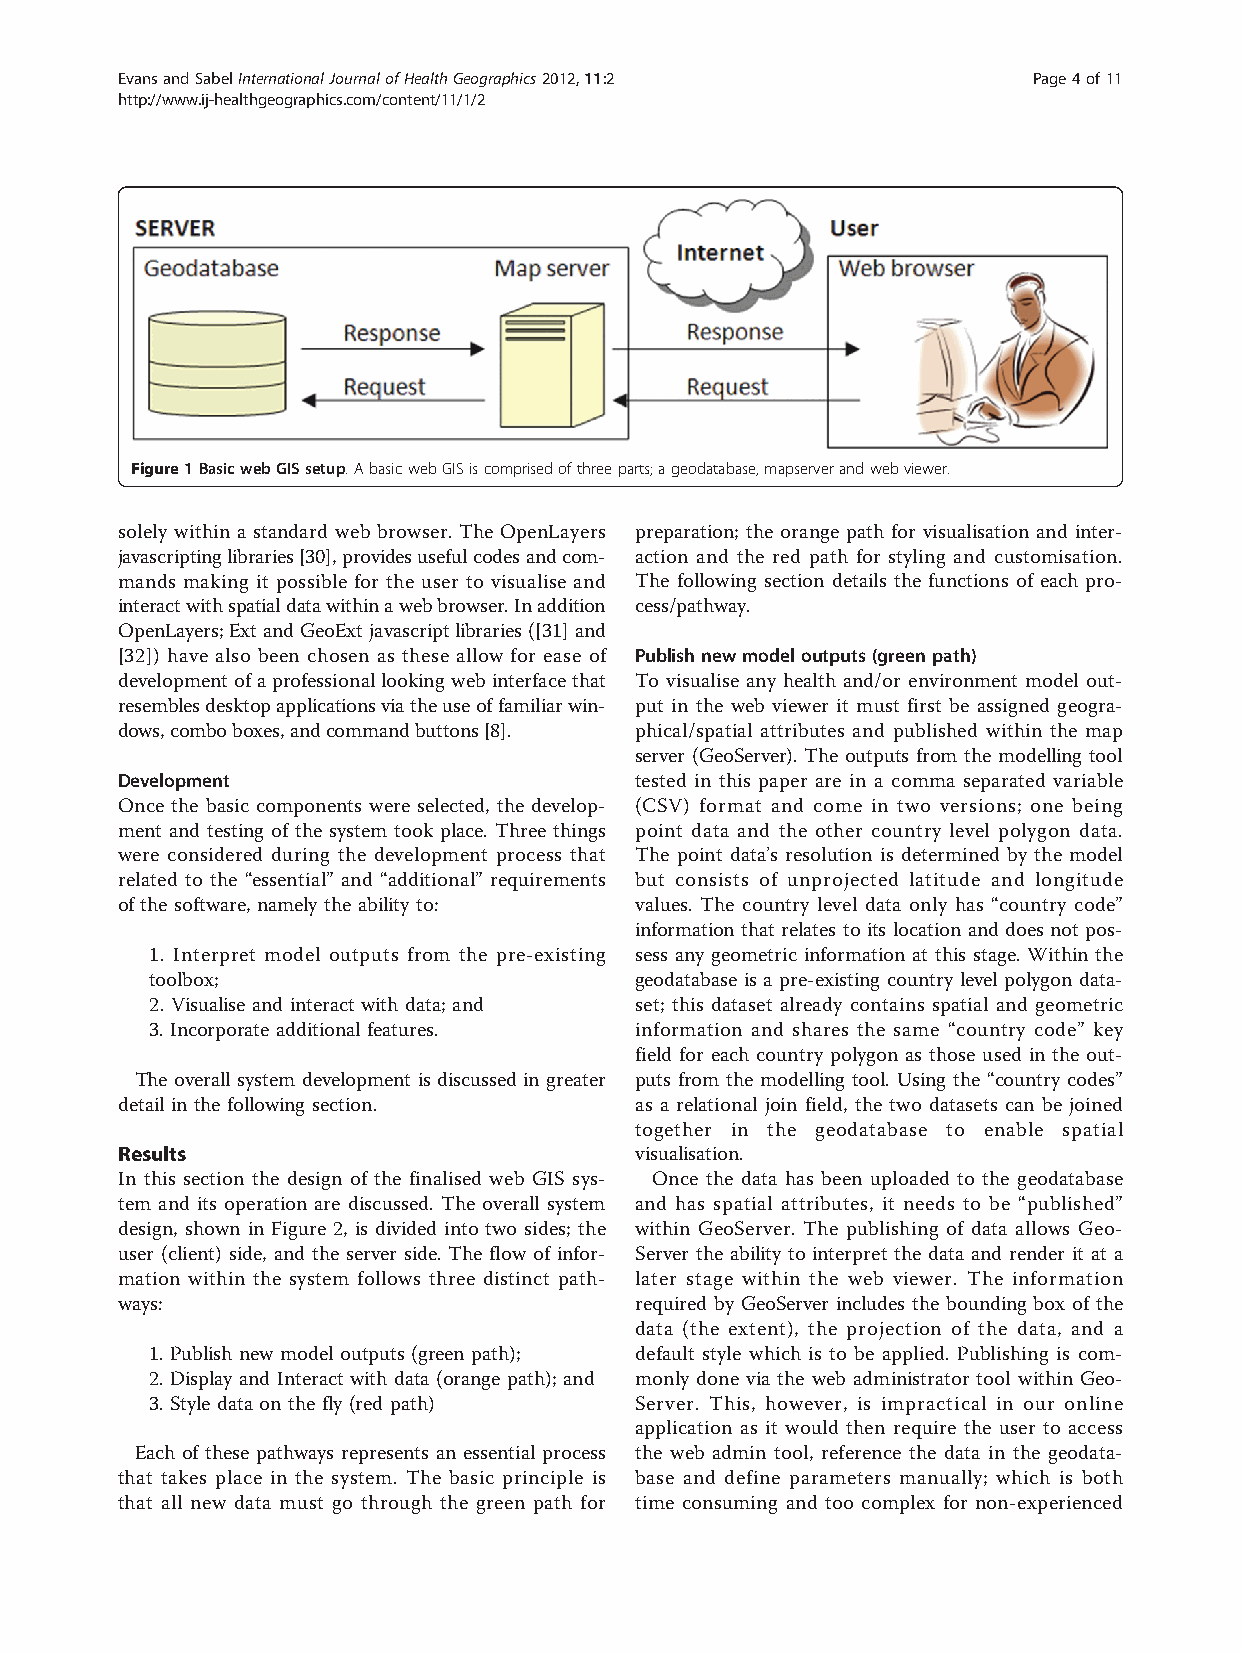
EvansandSabelInternationalJournalofHealthGeographics2012,11:2 Page4of11
 http://www.ij-healthgeographics.com/content/11/1/2
 Figure1BasicwebGISsetup.AbasicwebGISiscomprisedofthreeparts;ageodatabase,mapserverandwebviewer.
 solely within a standard web browser. The OpenLayers preparation; the orange path for visualisation and inter-
 javascriptinglibraries[30],providesusefulcodesandcom- action and the red path for styling and customisation.
 mands making it possible for the user to visualise and The following section details the functions of each pro-
 interactwithspatialdatawithinawebbrowser.Inaddition cess/pathway.
 OpenLayers;ExtandGeoExtjavascriptlibraries([31]and
 [32]) have also been chosen as these allow for ease of Publish new model outputs (green path)
 development ofaprofessionallookingweb interface that To visualise any health and/or environment model out-
 resemblesdesktopapplicationsviatheuseoffamiliarwin- put in the web viewer it must first be assigned geogra-
 dows,comboboxes,andcommandbuttons[8]. phical/spatial attributes and published within the map
 server (GeoServer). The outputs from the modelling tool
 Development                       tested in this paper are in a comma separated variable
 Once the basic components were selected, the develop- (CSV) format and come in two versions; one being
 ment and testing of the system took place. Three things point data and the other country level polygon data.
 were considered during the development process that The point data’s resolution is determined by the model
 related to the “essential” and “additional” requirements but consists of unprojected latitude and longitude
 of the software, namely the ability to: values. The country level data only has “country code”
 information that relates to its location and does not pos-
 1. Interpret model outputs from the pre-existing sess any geometric information at this stage. Within the
 toolbox;                        geodatabase is a pre-existing country level polygon data-
 2. Visualise and interact with data; and set; this dataset already contains spatial and geometric
 3. Incorporate additional features. information and shares the same “country code” key
 field for each country polygon as those used in the out-
 The overall system development is discussed in greater puts from the modelling tool. Using the “country codes”
 detail in the following section.  as a relational join field, the two datasets can be joined
 together in the geodatabase to enable spatial
 Results                           visualisation.
 In this section the design of the finalised web GIS sys- Once the data has been uploaded to the geodatabase
 tem and its operation are discussed. The overall system and has spatial attributes, it needs to be “published”
 design, shown in Figure 2, is divided into two sides; the within GeoServer. The publishing of data allows Geo-
 user (client) side, and the server side. The flow of infor- Server the ability to interpret the data and render it at a
 mation within the system follows three distinct path- later stage within the web viewer. The information
 ways:                             required by GeoServer includes the bounding box of the
 data (the extent), the projection of the data, and a
 1. Publish new model outputs (green path); default style which is to be applied. Publishing is com-
 2. Display and Interact with data (orange path); and monly done via the web administrator tool within Geo-
 3. Style data on the fly (red path) Server. This, however, is impractical in our online
 application as it would then require the user to access
 Each of these pathways represents an essential process the web admin tool, reference the data in the geodata-
 that takes place in the system. The basic principle is base and define parameters manually; which is both
 that all new data must go through the green path for time consuming and too complex for non-experienced